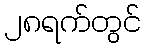
၂၈ရက်တွင်